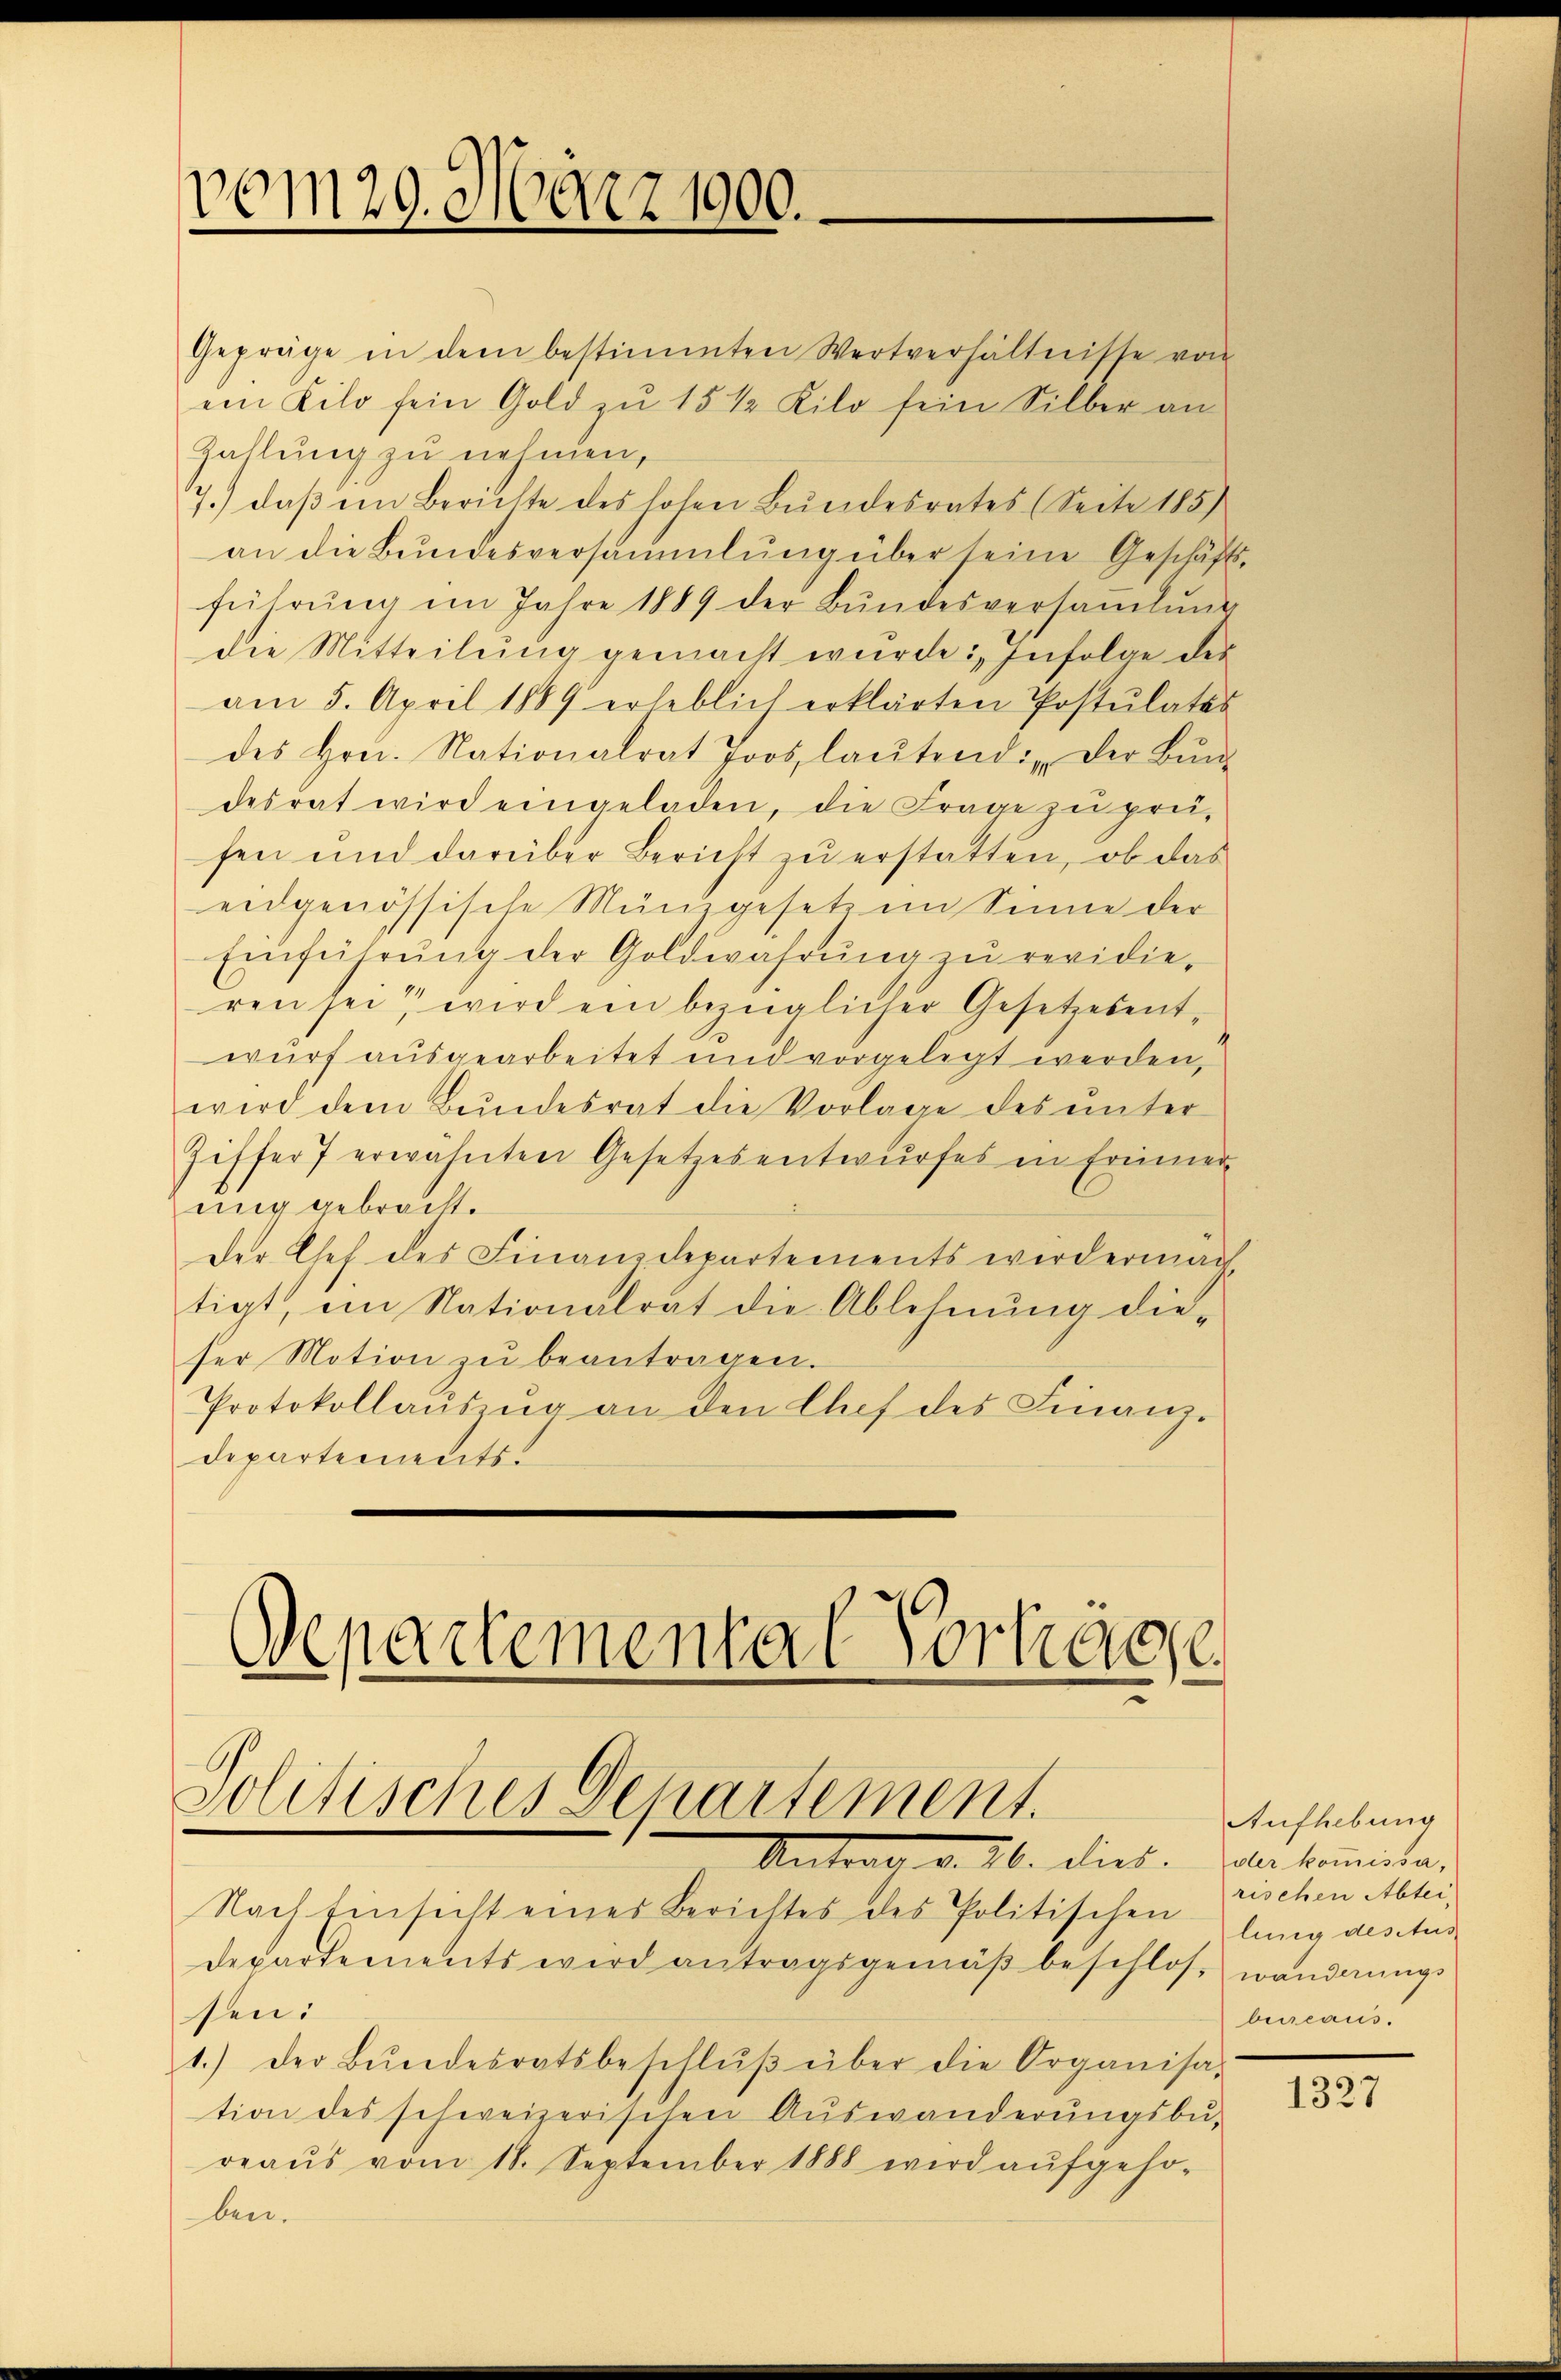
vom 29. März 1900.

Gepräge in dem bestimmten Wertverhältnisse von
ein Kilo sein Gold zu 15 1/2 Kilo sein Silber an
Zahlung zu nehmen,
7.) daß im Berichte des hohen Bundesrates (Seite 185
an die Bundesversammlung über seine Geschäftsführŭng im Jahre 1889 der Bŭndesversaṁlŭng
die Mitteilung gemacht wurde: „Infolge des
am 5. April 1889 erheblich erklärten Postulates
des Hrn. Nationalrat Joos, laŭtend: Der Bŭnde
desrat wird eingeladen, die Frage zu pret.
fen und darüber Bericht zu erstatten, ob das
eidgenössische Münzgesetz im Sinne der
Einführung der Goldwahrung zu revidieren sei, wird ein bezüglicher Gesetzesentwurf ausgearbeitet und vorgelegt werden,
wird dem Bundesrat die Vorlage des ŭnter
Ziffer 7 erwähnten Gesetzesentwurfes in Freier
uig gebracht.
Der Chef des Finanzdepartements werdermach
tigt, im Nationalrat die Ablehnung dieser Motion zŭ beantragen.
Protokollauszug an den Chef des Finanz-
departements.

Departemental Vorträge
solitisches Departement.

Antrag v. 26. dies. Galle kommita,
Nach Einsicht eines Berichtes des Politischen
Departements wird antragsgemäß beschlos, wanderungs
sen:
1.) Der Bŭndesratsbeschlŭβ über die Organisa-
tion des schweizerischen Aŭswanderŭngsbe-
reaŭs vom 18. September 1888 wird aŭfgeho-
ben.

Aufhebung
rischen Abtei,
ling des Aus
buseaus.

1327